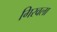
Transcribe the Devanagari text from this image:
गिरवला